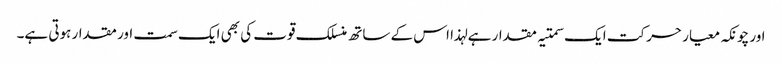
اور چونکہ معیار حرکت ایک سمتیہ مقدار ہے لہذا اس کے ساتھ منسلک قوت کی بھی ایک سمت اور مقدار ہوتی ہے۔